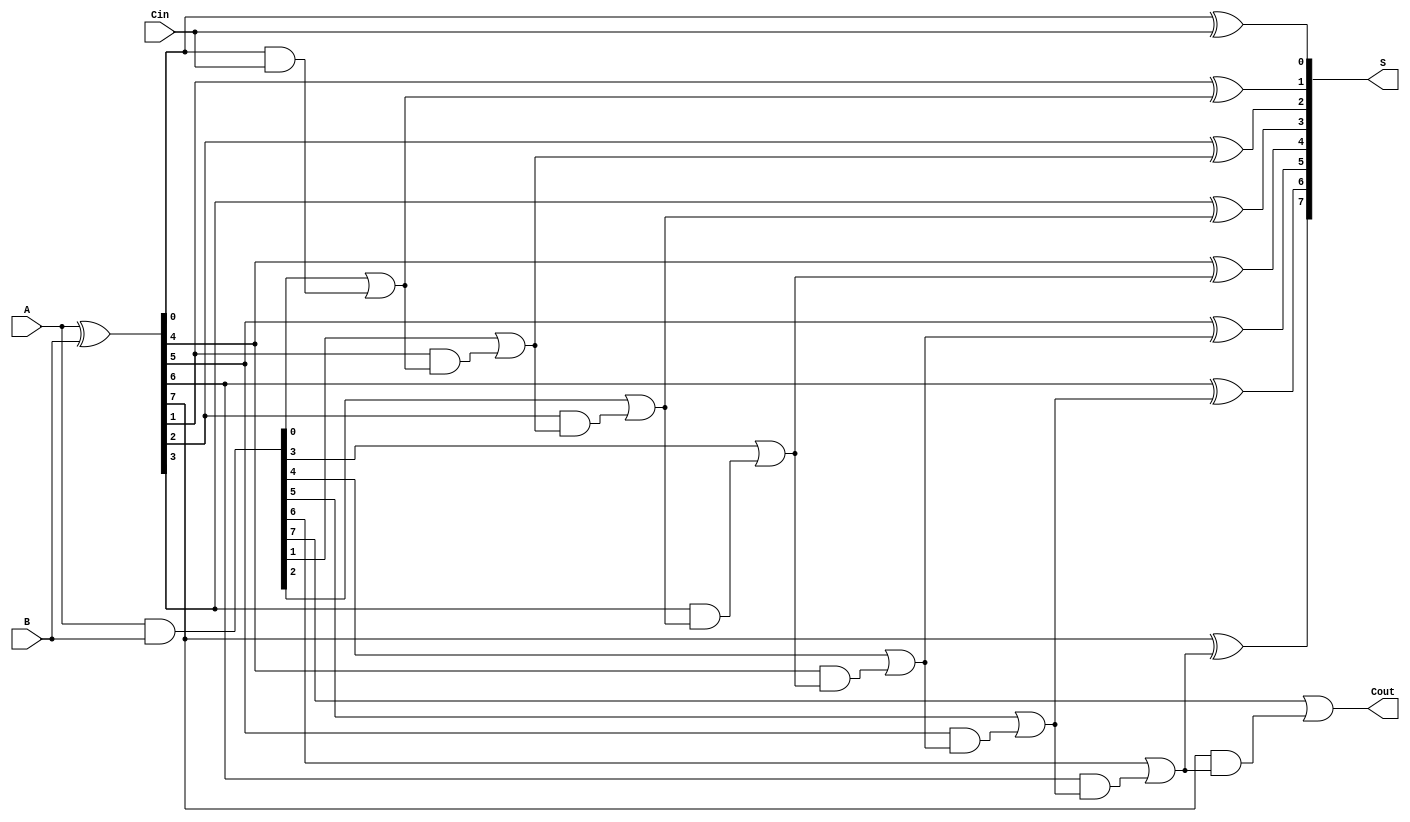
module brent_kung_adder #(parameter n = 8) (
    input  wire [n-1:0] A,      // First n-bit input
    input  wire [n-1:0] B,      // Second n-bit input
    input  wire Cin,             // Input carry
    output wire [n-1:0] S,       // Sum output
    output wire Cout             // Carry output
);

    wire [n-1:0] G; // Generate signal
    wire [n-1:0] P; // Propagate signal
    wire [n-1:0] C; // Carry signals

    // Generate and propagate signal calculation
    assign G = A & B;   // Generate signal
    assign P = A ^ B;   // Propagate signal

    // Carry calculation based on Brent-Kung adder structure
    // Level 1 carries
    genvar i;
    generate
        for (i = 0; i < n; i = i + 1) begin: carry_level_1
            if (i == 0) begin
                assign C[i] = G[i] | (P[i] & Cin); // C[0] = G[0] | (P[0] & Cin)
            end else begin
                assign C[i] = G[i] | (P[i] & C[i-1]); // C[i] = G[i] | (P[i] & C[i-1])
            end
        end
    endgenerate

    // Sum calculation
    generate
        for (i = 0; i < n; i = i + 1) begin: sum_calculation
            assign S[i] = P[i] ^ (i == 0 ? Cin : C[i-1]); // S[i] = P[i] ^ C[i-1]
        end
    endgenerate

    // Final carry-out
    assign Cout = C[n-1]; // Last carry is the output carry

endmodule